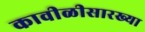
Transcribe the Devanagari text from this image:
कावीळीसारख्या